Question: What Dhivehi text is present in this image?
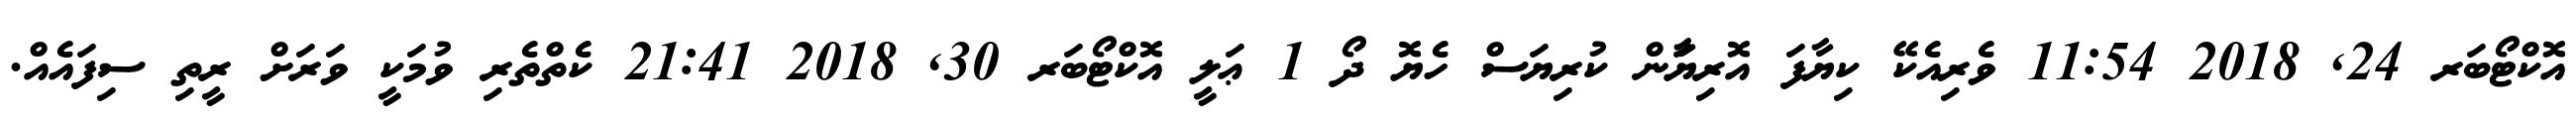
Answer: އޮކްޓޯބަރ 24, 2018 11:54 ވެރިއެކޭ ކިޔާފަ އޮރިޔަާން ކުރިޔަސް ހެޔޮ ދޯ 1 ޢަލީ އޮކްޓޯބަރ 30, 2018 21:41 ކެތްތެރި ވުމަކީ ވަރަށް ރީތި ސިފައެއް.